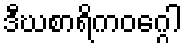
ဒီဃစာရိကဝဂ္ဂေါ